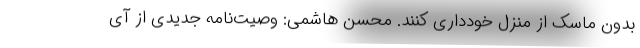
بدون ماسک از منزل خودداری کنند. محسن هاشمی: وصیت‌نامه جدیدی از آی